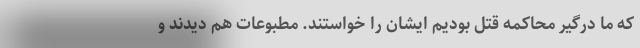
که ما درگیر محاکمه قتل بودیم ایشان را خواستند. مطبوعات هم دیدند و